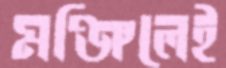
মঞ্জিলেই